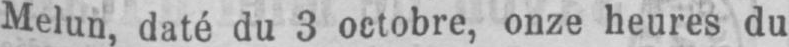
Melun, daté du 3 octobre, onze heures du